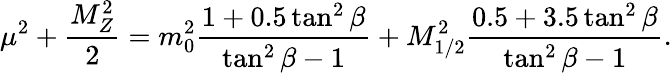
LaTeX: \mu^{2}+\frac{M_{Z}^{2}}{2}=m_{0}^{2}\frac{1+0.5\tan^{2}\beta}{\tan^{2}\beta-1}+M_{1/2}^{2}\frac{0.5+3.5\tan^{2}\beta}{\tan^{2}\beta-1}.